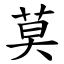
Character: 莫